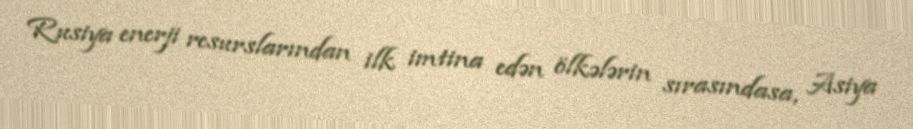
Rusiya enerji resurslarından ilk imtina edən ölkələrin sırasındasa, Asiya